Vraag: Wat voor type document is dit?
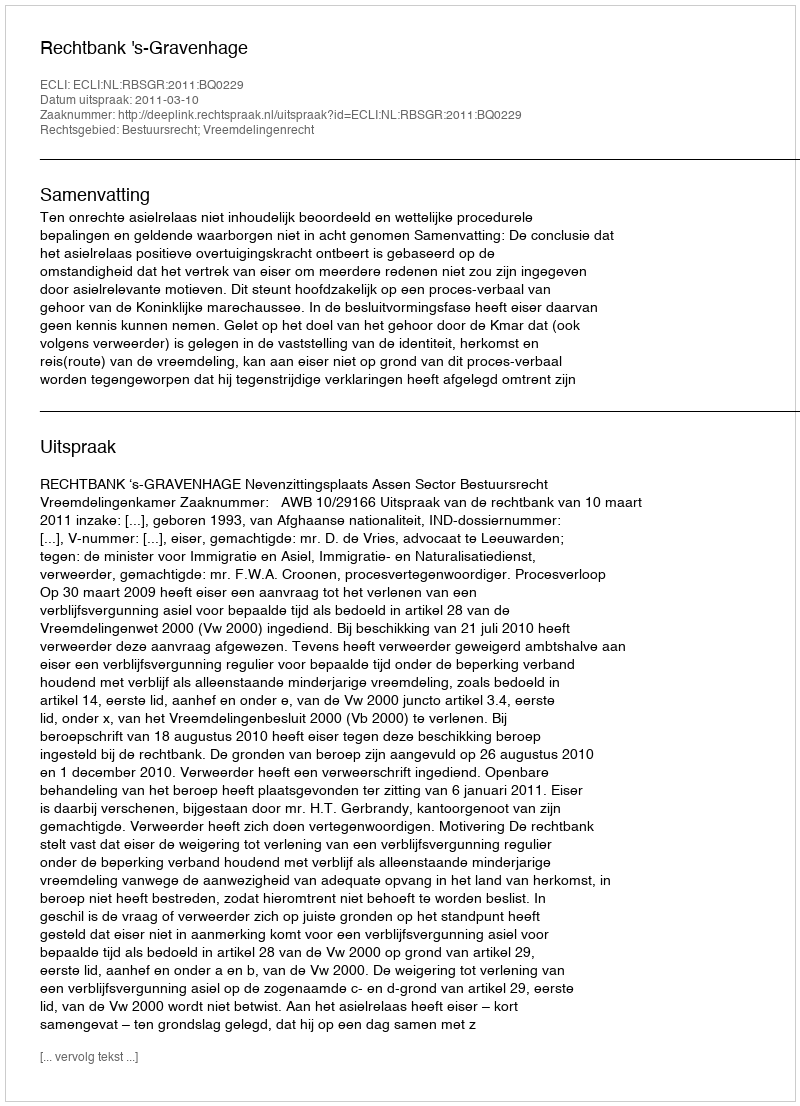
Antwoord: Uitspraak